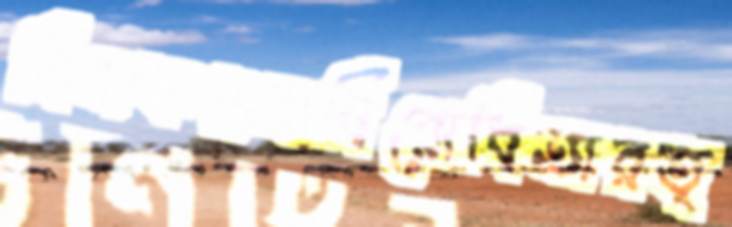
নিমকপ্রথাবিরোধিতারত্